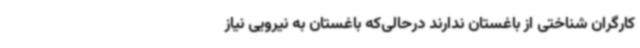
کارگران شناختی از باغستان ندارند درحالی‌که باغستان به نیرویی نیاز